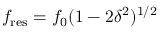
f _ { \mathrm { r e s } } = f _ { 0 } ( 1 - 2 \delta ^ { 2 } ) ^ { 1 / 2 }